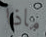
ماذا